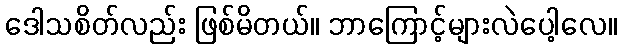
ဒေါသစိတ်လည်း ဖြစ်မိတယ်။ ဘာကြောင့်များလဲပေါ့လေ။